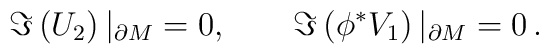
\Im \left( U_2 \right)|_{\partial M}=0,\qquad\Im \left( \phi^* V_1 \right)|_{\partial M}=0 \,.